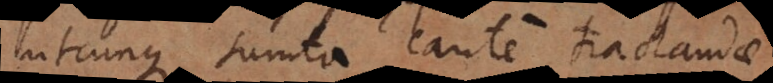
utcunque sumta caute tractandae